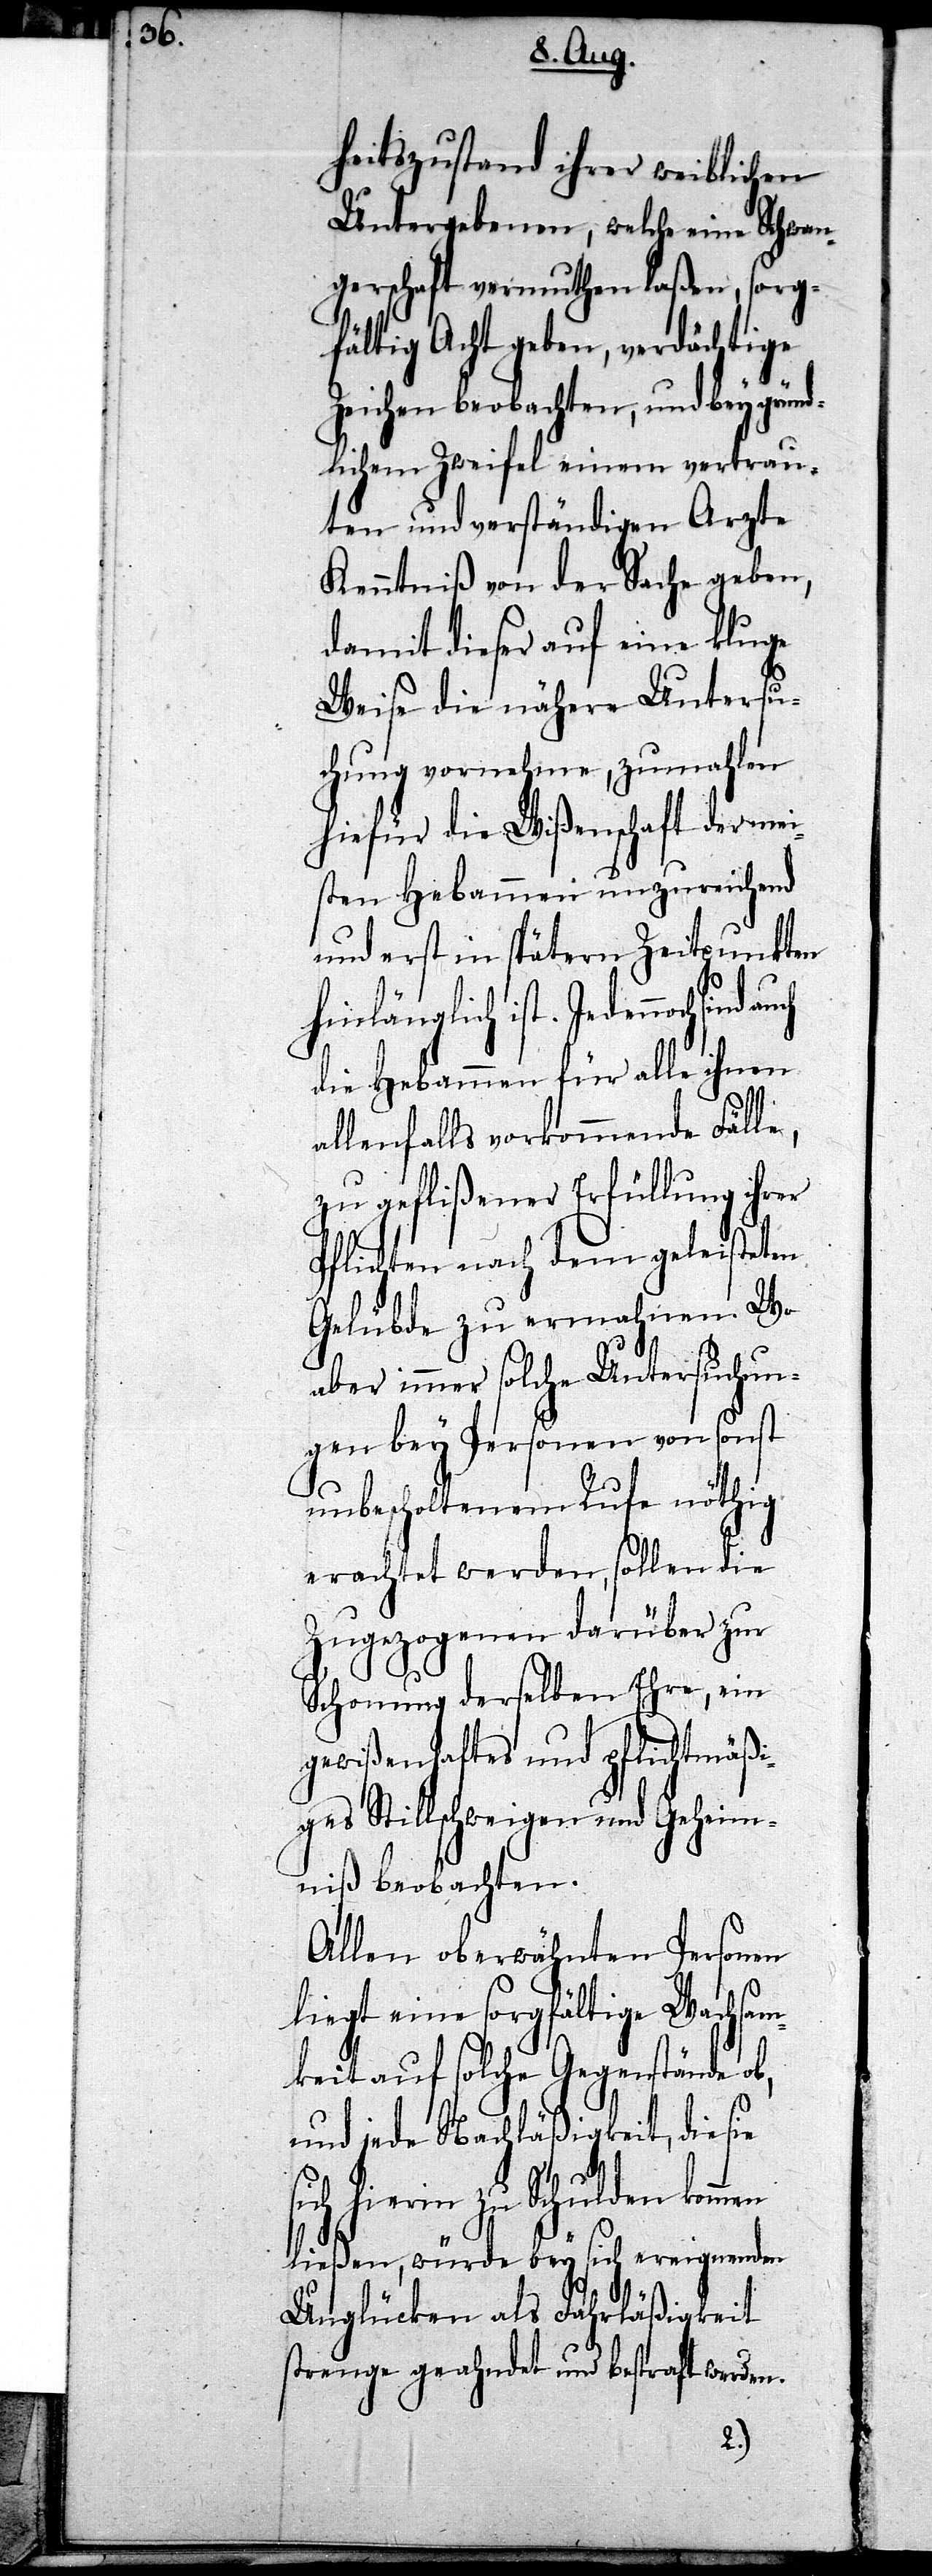
heitszustand ihrer weiblichen
Untergebenen, welche eine Schwan¬
gerschaft vermuthen laßen, sorg¬
fältig Acht geben, verdächtige
Zeichen beobachten, und bey gründ¬
lichem Zweifel einem vertrau¬
ten und verständigen Arzte
Kenntniß von der Sache geben,
damit dieser auf eine kluge
Weise die nähere Untersu¬
chung vornehme, zumahlen
hiefür die Wißenschaft der mei¬
sten Hebammen unzureichend
und erst in spätern Zeitpunkten
hinlänglich ist. Je dennoch
die Hebammen für alle ihnen
allenfalls vorkommende Fälle,
zu geflißener Erfüllung ihr¬
Pflichten nach dem geleisteten
Gelübde zu ermahnen. Wo
aber immer solche Untersuchun¬
gen bey Personen von sonst
unbescholtenem Rufe nöthig
erachtet werden, sollen die
Zugezogenen darüber zur
Schonung derselben Ehre, ein
gewißenhaftes und pflichtmäßi¬
ges Stillschweigen und Geheim¬
niß beobachten.
Allen oberwähnten Personen
liegt eine sorgfältige Wachsam¬
keit auf solche Gegenstände ob,
und jede Nachläßigkeit, die sie
er
sich hierin zu Schulden kommen
ließen, würde bey sich ereignenden
Unglücken als Fahrläßigkeit
strenge geahndet und bestraft werden.